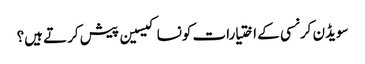
سویڈن کرنسی کے اختیارات کونسا کیسین پیش کرتے ہیں؟